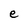
Character: e